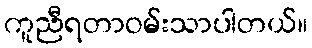
ကူညီရတာဝမ်းသာပါတယ်။